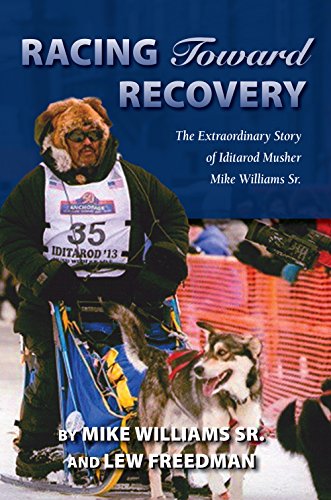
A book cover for Racing Toward Recovery: The Extraordinary Story of Alaska Musher Mike Williams Sr.; Mike Williams Sr.; Sports & Outdoors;